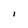
Character: I